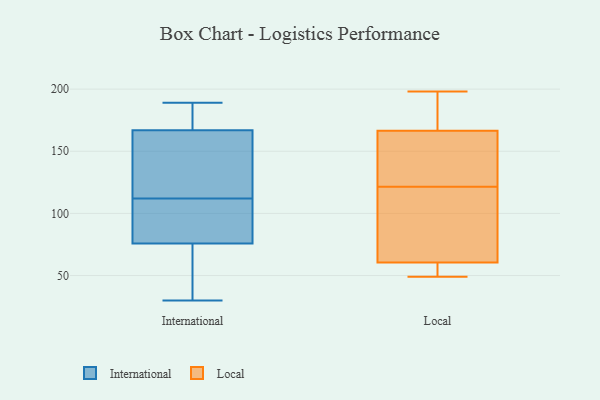
{"axis": {"x": "Headcount", "y": "Value"}, "legend": ["International", "Local"], "data": [{"x": "", "y": 180, "type": "International"}, {"x": "", "y": 189, "type": "International"}, {"x": "", "y": 72, "type": "International"}, {"x": "", "y": 30, "type": "International"}, {"x": "", "y": 185, "type": "International"}, {"x": "", "y": 128, "type": "International"}, {"x": "", "y": 106, "type": "International"}, {"x": "", "y": 47, "type": "International"}, {"x": "", "y": 112, "type": "International"}, {"x": "", "y": 127, "type": "International"}, {"x": "", "y": 87, "type": "International"}, {"x": "", "y": 59, "type": "Local"}, {"x": "", "y": 125, "type": "Local"}, {"x": "", "y": 62, "type": "Local"}, {"x": "", "y": 189, "type": "Local"}, {"x": "", "y": 49, "type": "Local"}, {"x": "", "y": 70, "type": "Local"}, {"x": "", "y": 119, "type": "Local"}, {"x": "", "y": 187, "type": "Local"}, {"x": "", "y": 124, "type": "Local"}, {"x": "", "y": 146, "type": "Local"}, {"x": "", "y": 55, "type": "Local"}, {"x": "", "y": 198, "type": "Local"}]}